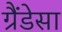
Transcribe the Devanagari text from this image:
ग्रैंडेसा